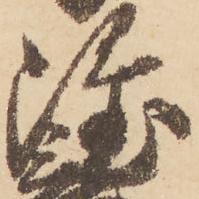
隆